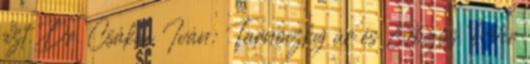
azt. Dr. Csákai Iván: Tarnóczky úr és Gőgös Péter